Report on sanitation, dispensaries, and jails in Rajputana for 1920, and on vaccination for the year 1920-1921 - 1920-1921
Year: 1920
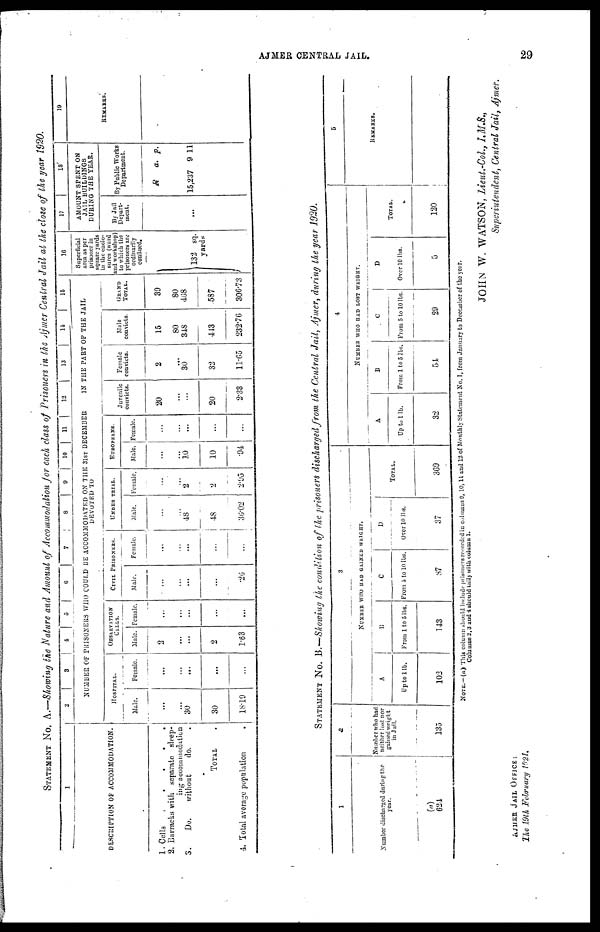
AJMER CENTRAL JAIL.
29
STATEMENT No. A.—Showing the Nature and Amount of Accommodation for each class of Prisoners in the Ajmer Central Jail at the close of the year 1920.
1
DESCRIPTION OF ACCOMMODATION.
1. Cells
.
.
.
.
.
2. Barraeks with separate sleep-
ing accommodation
3.
Do.
without
do. .
TOTAL .
4. Total average population
.
2
3
4
5
6
7
8
9
10
11
NUMBER OF PRISONERS WHO COULD BE ACCOMMODATED ON THE 31ST DECEMBER
DEVOTED TO
HOSPITAL.
Male.
...
...
30
30
18.19
Female.
...
...
...
...
...
OBSERVATION
CELLS.
Male.
2
...
...
2
1.63
Female.
...
...
...
...
...
CIVIL PRISONERS.
Male.
...
...
...
...
.26
Female.
...
...
...
...
...
UNDER TRIAL.
Male.
...
...
48
48
36.02
Female.
...
...
2
2
2.95
EUROPEANS.
Male.
...
...
10
10
.94
Female.
...
...
...
...
...
12
13
14
15
IN THE PART OF THE JAIL
Juvenile
convicts.
20
...
...
20
2.33
Female
convicts.
2
...
30
32
11.65
Male
convicts.
15
80
348
413
232.76
GRAND
TOTAL.
39
80
468
587
306.73
16
Superficial
area as per
prisoner in
square yards
in the enclo-
sures (ward
find workshop)
to which the
prisoners are
ordinarily
confined.
132 sq.
yards
17
18
AMOUNT SPENT ON
JAIL BUILDINGS
DURING THE YEAR.
By Jail
Depart-
ment.
...
By Public Works
Department.
R
15,237
a.
9
p.
11
19
REMARKS.
STATEMENT No. B.—Showing the condition of the prisoners discharged from the Central Jail, Ajmer, during the year 1920.
1
Number discharged during the
year.
(a)
624
2
Number who had
neither lost non
gained weight
in Jail.
135
3
NUMBER WHO HAD GAINED WEIGHT.
A
Up to 1 lb.
102
B
From 1 to 5 lbs.
143
C
From 5 to 10 lbs.
87
D
Over 10 lbs.
37
TOTAL.
369
4
NUMBER WHO HAD LOST WEIGHT.
A
Up to 1 lb.
32
B
From 1 to 5 lbs.
54
C
From 5 to 10 lbs.
29
D
Over 10 lbs.
5
TOTAL.
120
5
REMARKS.
NOTE.—(a) This column should include prisoners recorded in columns 9, 10,11 and 12 of Monthly Statement No. I. from January to December of the year.
Columns 2,3 and 4 should tally with column 1.
AJMER JAIL OFFICE:
The 19th February 1921.
JOHN W. WATSON, Lieut.-Col., I.M.S.,
Superintendent, Central Jail, Ajmer.